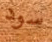
سود